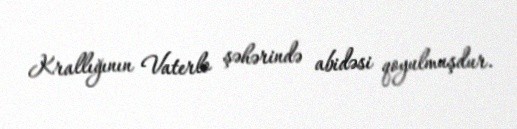
Krallığının Vaterlo şəhərində abidəsi qoyulmuşdur.